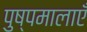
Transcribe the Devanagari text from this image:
पुष्पमालाएँ